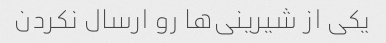
یکی از شیرینی‌ها رو ارسال نکردن